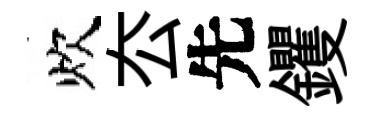
炊厺先钁